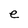
Character: e